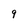
Character: 9